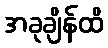
အခုချိန်ထိ